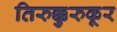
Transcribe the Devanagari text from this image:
तिरुक्कुरुकूर